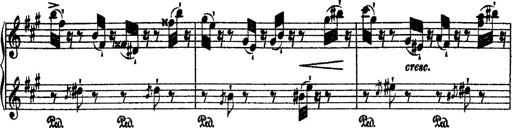
Title: 2 KonzertetÃ¼den
Composer: Franz Liszt